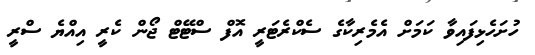
ހުށަހެޅިފައިވާ ކަމަށް އެމެރިކާގެ ސެކްރެޓަރީ އޮފް ސްޓޭޓް ޖޯން ކެރީ އިއްޔެ ސްރީ